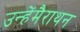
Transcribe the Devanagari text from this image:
उन्हेंमैराथन